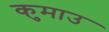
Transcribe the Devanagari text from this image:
कुमाउ